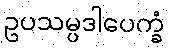
ဥပသမ္ပဒါပေက္ခံ